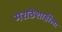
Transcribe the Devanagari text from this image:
मराठेशाहीला